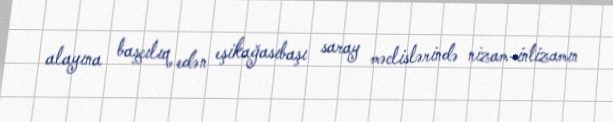
alayına başçılıq edən eşikağasıbaşı saray məclislərində nizam-intizamın